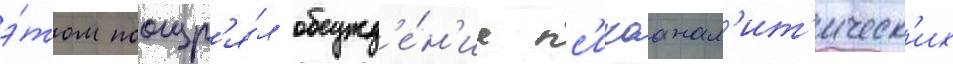
э́том поощр'я́л обсужд'е́н'ие пс'ихоанал'ит'ическ'их